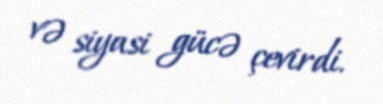
və siyasi gücə çevirdi.